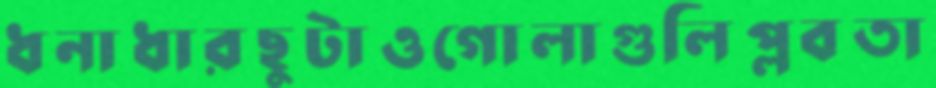
ধনাধারছুটাওগোলাগুলিপ্লবতা